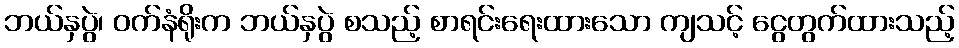
ဘယ်နှပွဲ၊ ဝက်နံရိုးက ဘယ်နှပွဲ စသည့် စာရင်းရေးထားသော ကျသင့် ငွေတွက်ထားသည့်